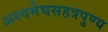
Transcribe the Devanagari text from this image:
अश्वमेघसहत्रपुण्य